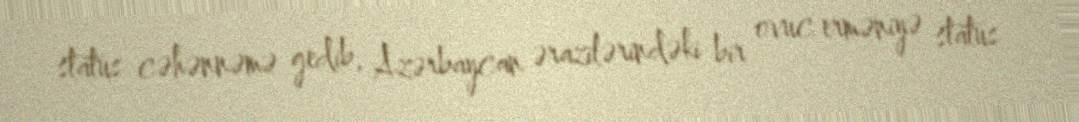
status cəhənnəmə gedib, Azərbaycan ərazilərindəki bir ovuc erməniyə status